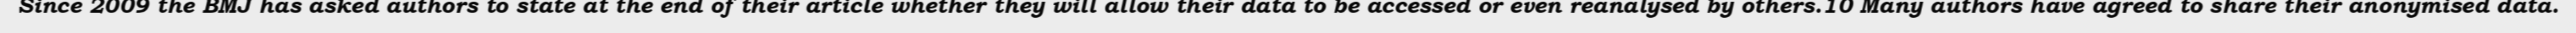
Since 2009 the BMJ has asked authors to state at the end of their article whether they will allow their data to be accessed or even reanalysed by others.10 Many authors have agreed to share their anonymised data.